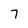
Character: 7